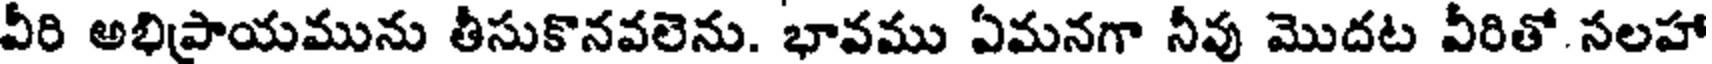
వీరి అభిప్రాయమును తీసుకొనవలెను. భావము ఏమనగా నీవు మొదట వీరితో సలహా